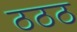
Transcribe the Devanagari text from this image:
ठठठ